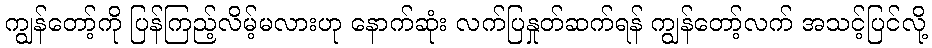
ကျွန်တော့်ကို ပြန်ကြည့်လိမ့်မလားဟု နောက်ဆုံး လက်ပြနှုတ်ဆက်ရန် ကျွန်တော့်လက် အသင့်ပြင်လို့